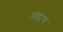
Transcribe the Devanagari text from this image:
सेइंटस